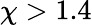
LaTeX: \chi>1.4